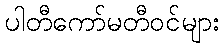
ပါတီကော်မတီဝင်များ